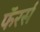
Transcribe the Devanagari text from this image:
फॅरर्स